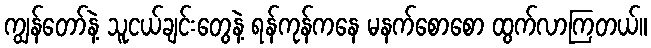
ကျွန်တော်နဲ့ သူငယ်ချင်းတွေနဲ့ ရန်ကုန်ကနေ မနက်စောစော ထွက်လာကြတယ်။